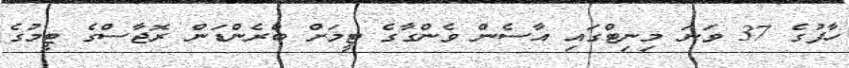
ހާފުގެ 37 ވަނަ މިނިޓްގައި އާސެން ވެންގާގެ ޓީމަށް ބްރެންޑަން ރޮޖާސްގެ ޓީމުގެ